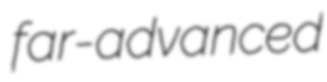
far-advanced